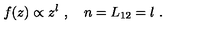
f ( z ) \propto z ^ { l } \ , \quad n = L _ { 1 2 } = l \ .